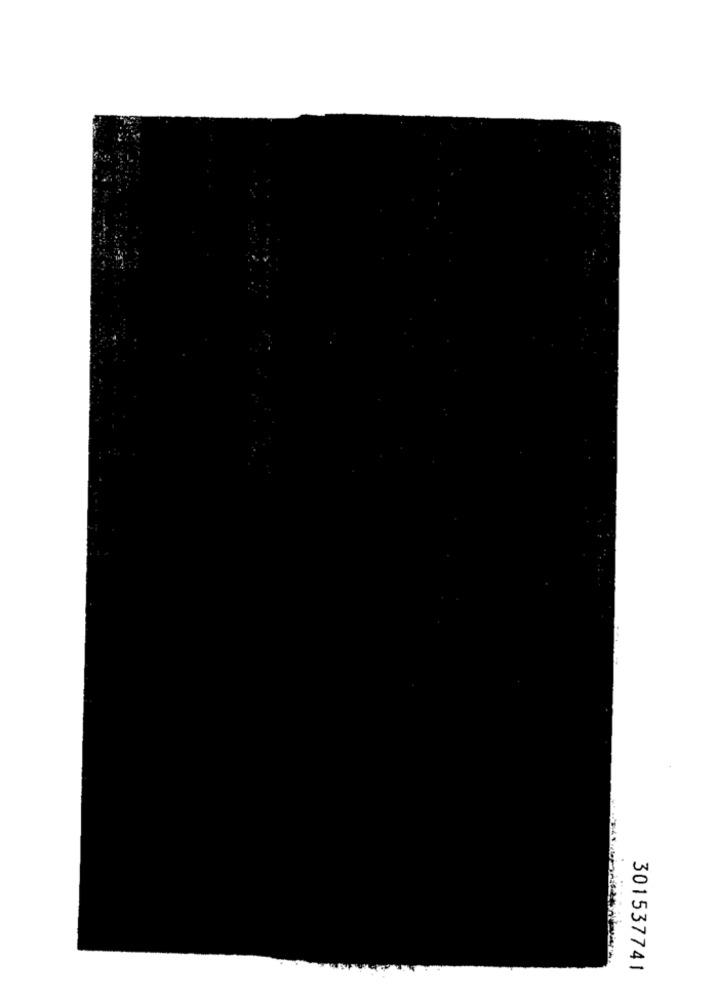
301537741